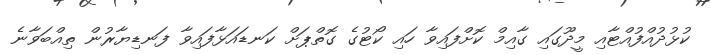
ކުޅުދުއްފުއްޓާއި މީދޫގައި ގާއިމް ކޮށްފައިވާ ހައި ކޯޓުގެ ގޮތްޕަށް ކަނޑައަޅާފައިވާ ފަނޑިޔާރުން ތިއްބަވާނެ